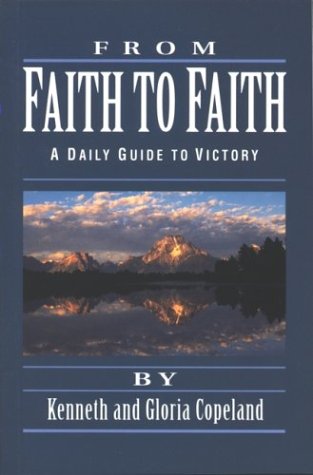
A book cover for From Faith to Faith: A Daily Guide to Victory; Kenneth Copeland; Christian Books & Bibles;